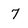
Character: 7